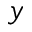
y